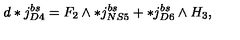
d * j _ { D 4 } ^ { b s } = F _ { 2 } \wedge * j _ { N S 5 } ^ { b s } + * j _ { D 6 } ^ { b s } \wedge H _ { 3 } ,